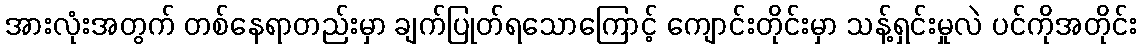
အားလုံးအတွက် တစ်နေရာတည်းမှာ ချက်ပြုတ်ရသောကြောင့် ကျောင်းတိုင်းမှာ သန့်ရှင်းမှုလဲ ပင်ကိုအတိုင်း